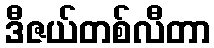
ဒီဇယ်တစ်လီတာ